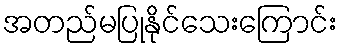
အတည်မပြုနိုင်သေးကြောင်း